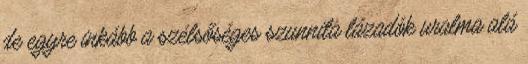
de egyre inkább a szélsőséges szunnita lázadók uralma alá